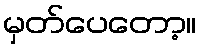
မှတ်ပေတော့။